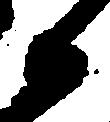
候